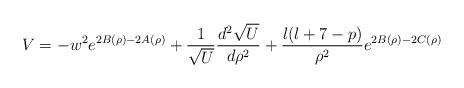
LaTeX: \begin{align*}V=-w^2e^{2B(\rho)-2A(\rho)}+\frac{1}{\sqrt U}\frac{d^2\sqrt U}{d\rho^{2}} + \frac{l(l+7-p)}{\rho^2}e^{2B(\rho)-2C(\rho)}\end{align*}